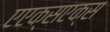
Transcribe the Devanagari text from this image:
एएक्सएक्स